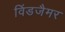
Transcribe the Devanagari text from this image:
विंडजैमर